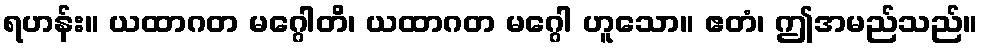
ရဟန်း။ ယထာဂတ မဂ္ဂေါတိ၊ ယထာဂတ မဂ္ဂေါ ဟူသော။ ဧတံ၊ ဤအမည်သည်။